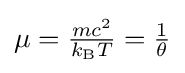
{\textstyle \mu ={\frac {mc^{2}}{k_{\text{B}}T}}={\frac {1}{\theta }}}